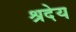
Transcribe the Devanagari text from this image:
श्रदेय